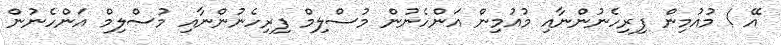
އޭ ! މުއުމިން ފިރިހެނުންނާއި މުއުމިން އަންހެނުން މުސްލިމް ފިރިހެނުންނާއި މުސްލިމް އަންހެނުން